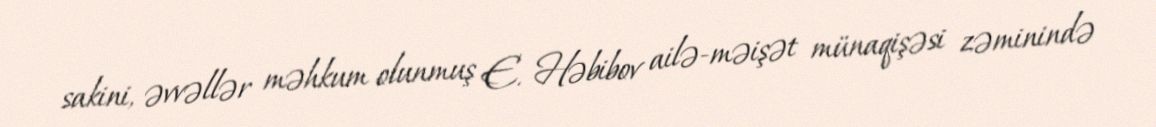
sakini, əvvəllər məhkum olunmuş E. Həbibov ailə-məişət münaqişəsi zəminində